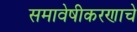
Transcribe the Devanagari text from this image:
समावेषीकरणाचे